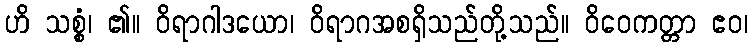
ဟိ သစ္စံ၊ ၏။ ဝိရာဂါဒယော၊ ဝိရာဂအစရှိသည်တို့သည်။ ဝိဝေကတ္တာ ဧဝ၊